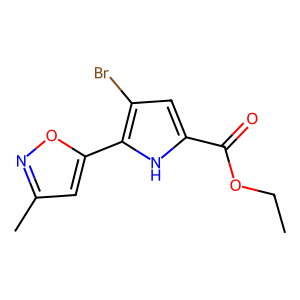
SMILES: CCOC(=O)c1cc(Br)c(-c2cc(C)no2)[nH]1
Inhibits HIV replication: No